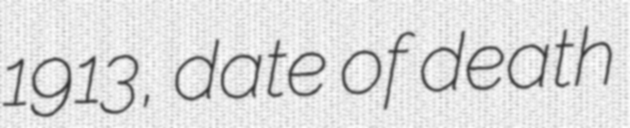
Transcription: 1913, date of death